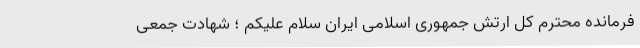
فرمانده محترم کل ارتش جمهوری اسلامی ایران سلام علیکم ؛ شهادت جمعی